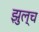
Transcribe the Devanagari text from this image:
झुल्च